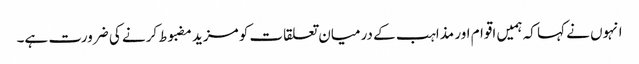
انہوں نے کہا کہ ہمیں اقوام اور مذاہب کے درمیان تعلقات کو مزید مضبوط کرنے کی ضرورت ہے۔